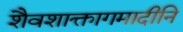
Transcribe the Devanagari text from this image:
शैवशाक्तागमादीनि